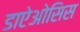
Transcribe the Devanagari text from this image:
डाऐओसिस